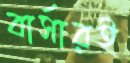
বার্সারই